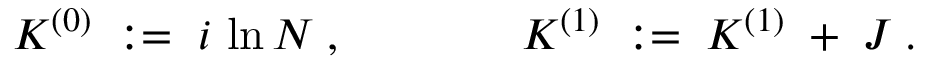
{ \cal K } ^ { ( 0 ) } \; : = \; i \, \ln { \cal N } \; , \; \; \; \; \; \; \; \; \; \; \; \; \; \; { \cal K } ^ { ( 1 ) } \; : = \; { \cal K } ^ { ( 1 ) } \; + \; { \cal J } \; .